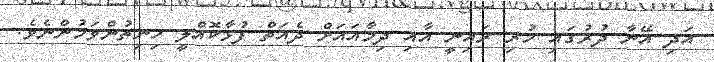
އަދި އޭނާ ދުރުގައި ހުރި ރައިނީ އާއި ދިމާއައަށް ދެއަތް ފުޅާކޮއްލީ ހިނިތުންވަމުންނެވެ.